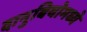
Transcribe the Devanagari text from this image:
दानुबियोमध्ये